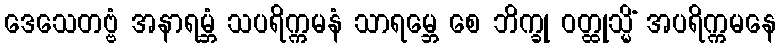
ဒေသေတဗ္ဗံ အနာရမ္ဘံ သပရိက္ကမနံ သာရမ္ဘေ စေ ဘိက္ခု ဝတ္ထုသ္မိံ အပရိက္ကမနေ